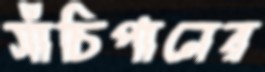
সাঁচিপানের